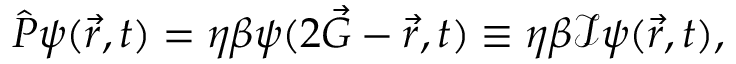
\hat { P } \psi ( \vec { r } , t ) = \eta \beta \psi ( 2 \vec { G } - \vec { r } , t ) \equiv \eta \beta \mathcal { I } \psi ( \vec { r } , t ) ,